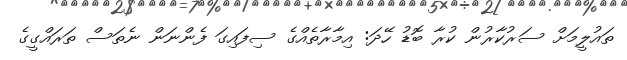
ތައުލީމަށް ސަރުކާރުން ކުރާ ބޮޑު ހޭދަ: އިމާރާތެއްގެ ސިފައިގަ ފެންނަން ނެތަސް ތަރައްގީގެ